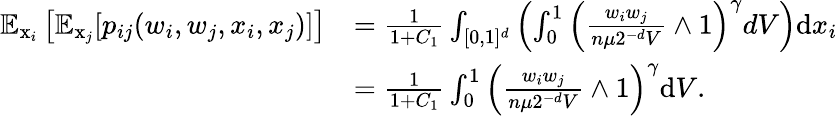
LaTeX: \begin{array}{rl}{\mathbb{E}_{\operatorname{x}_{i}}\left[\mathbb{E}_{\operatorname{x}_{j}}[p_{ij}(w_{i},w_{j},x_{i},x_{j})]\right]}&{=\frac{1}{1+C_{1}}\int_{[0,1]^{d}}\left(\int_{0}^{1}\left(\frac{w_{i}w_{j}}{n\mu 2^{-d}V}\wedge 1\right)^{\gamma}dV\right)\mathrm{d}x_{i}}\\ &{=\frac{1}{1+C_{1}}\int_{0}^{1}\left(\frac{w_{i}w_{j}}{n\mu 2^{-d}V}\wedge 1\right)^{\gamma}\mathrm{d}V.}\end{array}